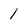
Character: 1